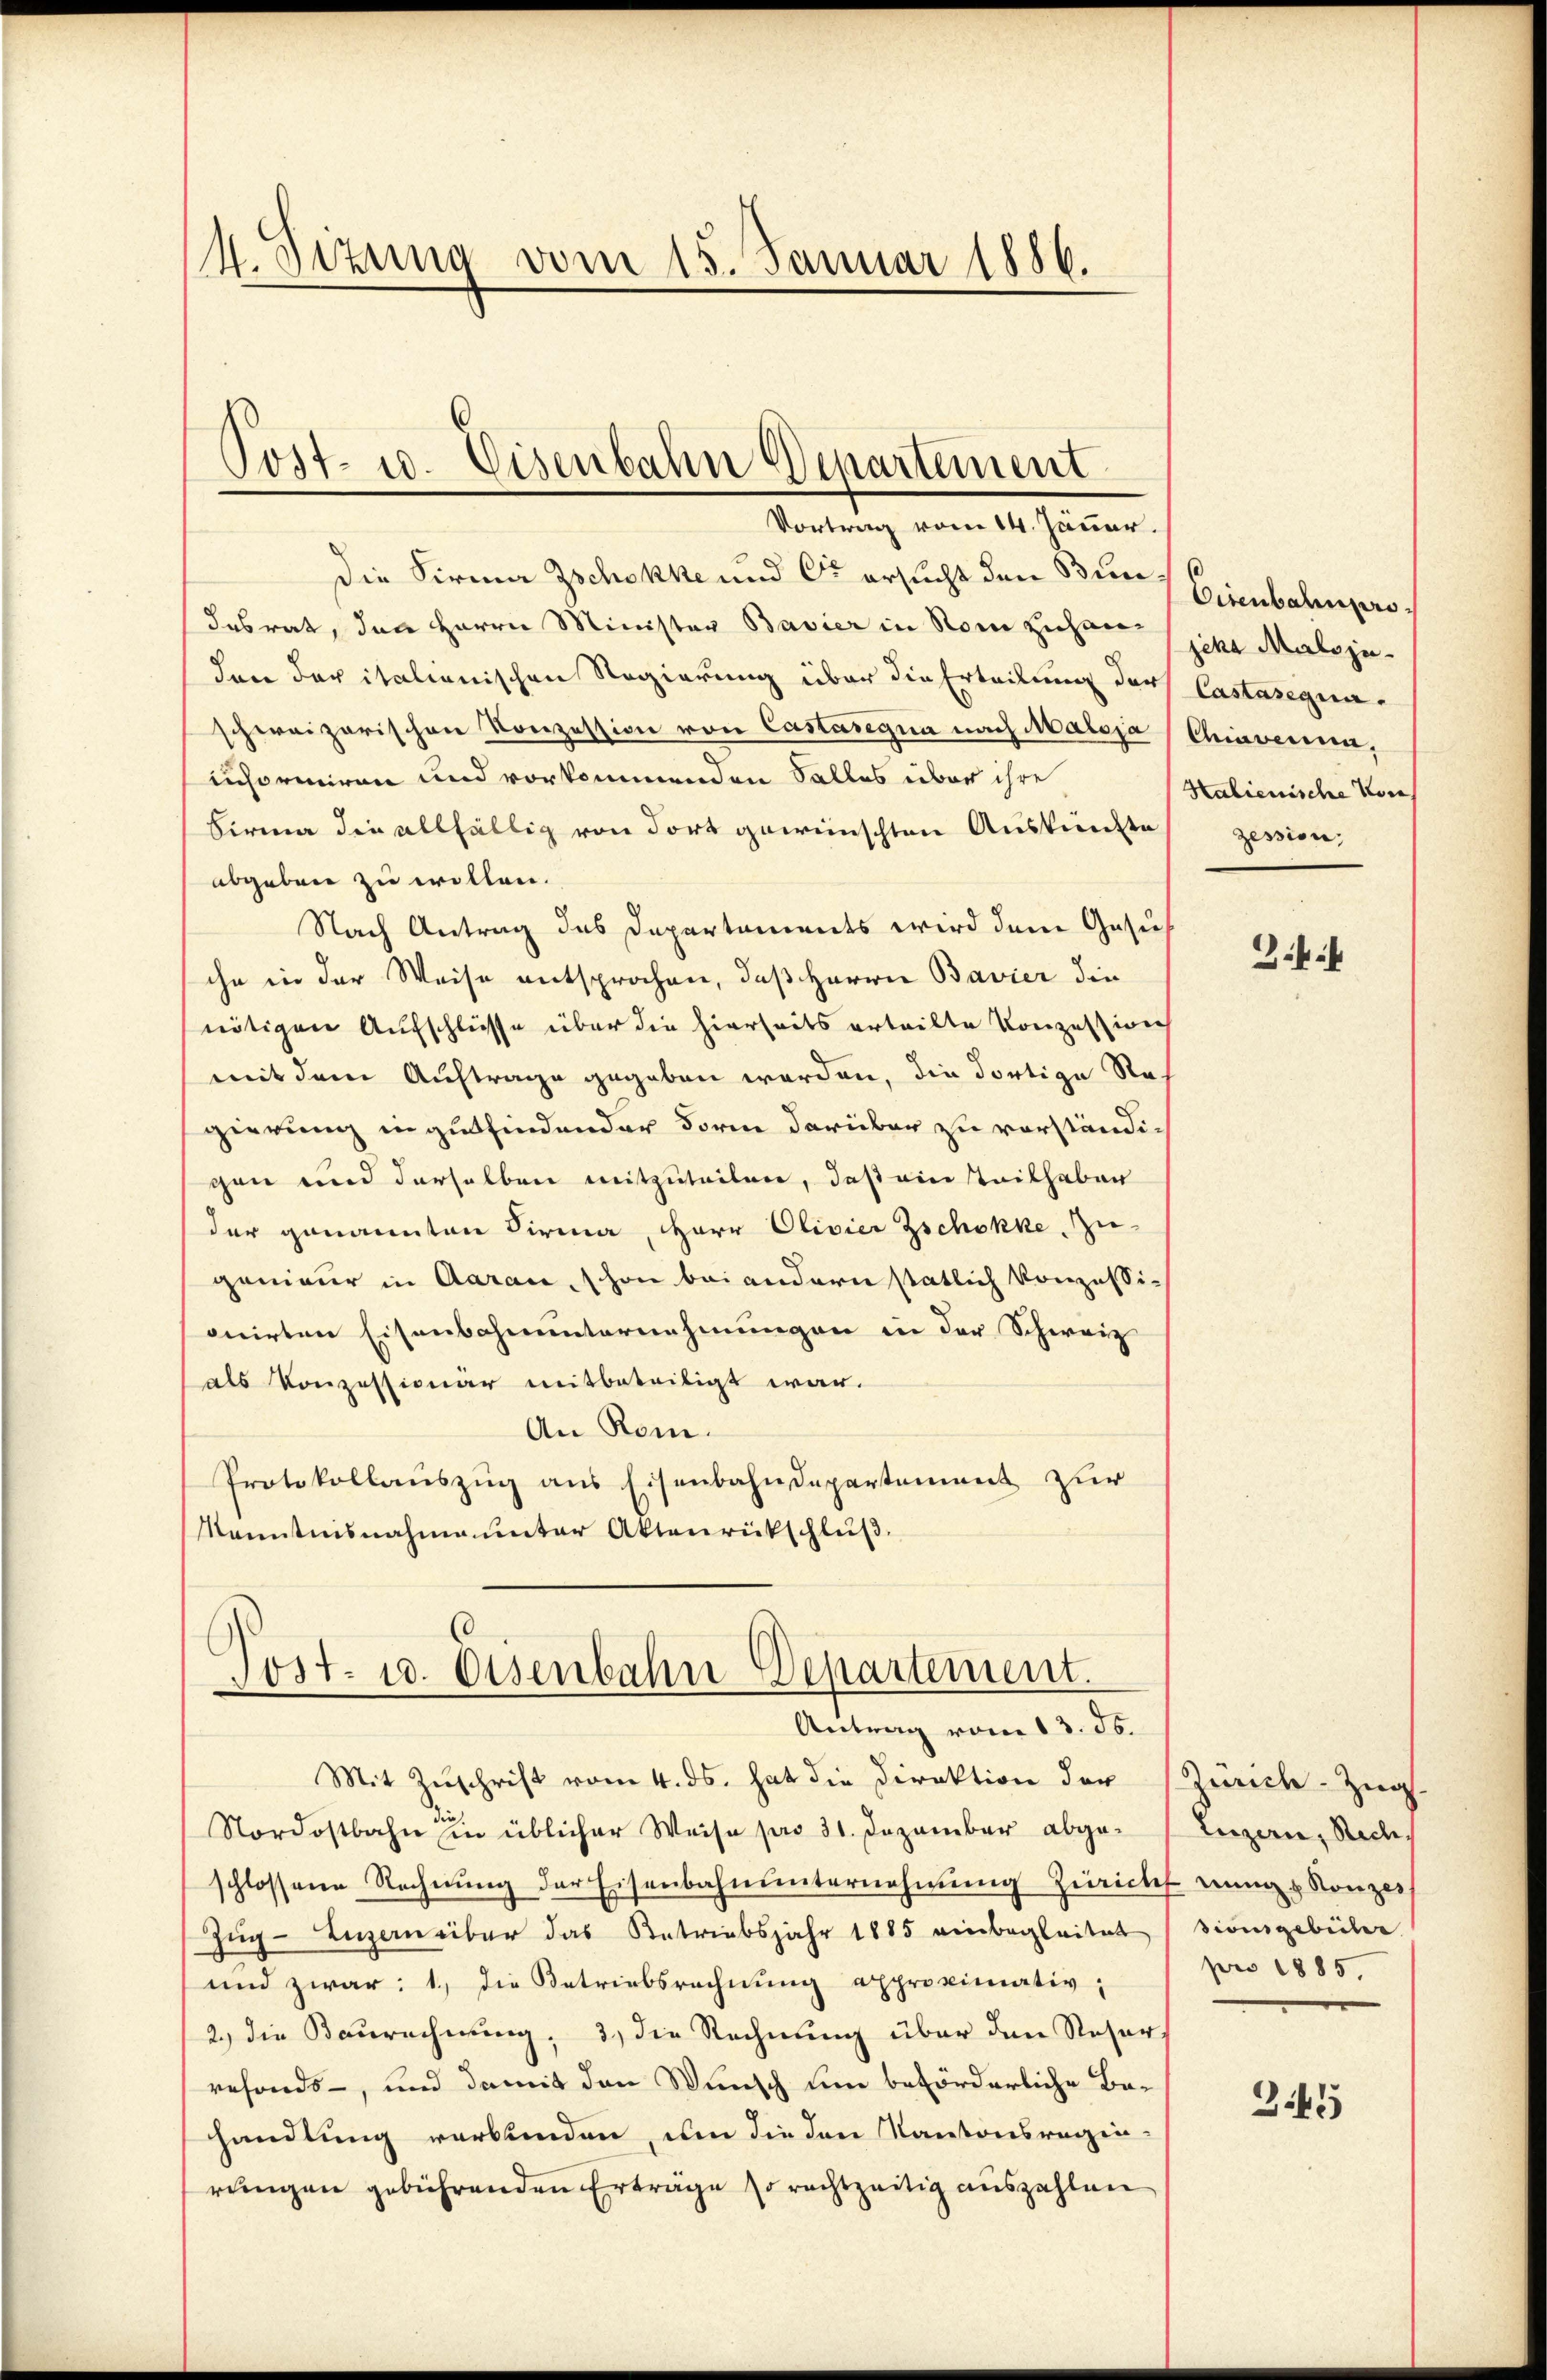
4. Sizung vom 15. Januar 1886.

die Firma Zschokke und Er ersucht den Bundesrat, den Herrn Minister Bavier in Rom ziehen jena Maloju-
den der italienischen Regierung über die Erteilung der Castaseguaschweizerischen Konzession von Castasegna nach Maloja (Chiavenia,
informiren und vorkommenden Falles über ihre
Firma die allfällig von Fort gewünschten Auskünfte
abgeben zu wollen.
Nach Antrag des Departaments wird dem Gesuch
sche in der Weise entsprochen, daß Herrn Bavier die
nötigen Aufschlüsse über die hierseits erteilte Konzession
mit dem Auftrage gegeben werden, die dortige Stagierung in gutfindender Form darüber zu vorständigen und derselben mitzuteilen, daß ein Teilhaben
der genannten Firma Herr Olivier Zschokke Zu-
genieur in Aarau, schon bei andern stätlich konzessionirten Eisenbahnunternehmungen in der Schweiz
als Konzessionär mitbeteiligt war.
An Rom.
Protokollauszug aus Eisenbahndepartement zur
Kenntnisnahme unter Aktenrückschluß.

Post- u. Eisenbahn Departement
Vortrag vom 14. Jäner.

Post. 10. Eisenbahn Departement.
Antrag vom 13. ds.

Mit Zŭschrift vom 4. ds. hat die Direktion der Zürich-Zieg
Nordostbahn in üblicher Weise pro 31. Dezember abge- (Luzern, Redeschlossene Rechnung der Eisenbahnunternehmung Züricht nungs Konzes
Zŭg-Luzern über das Betriebsjahr 1885 einbegleitet
und zwar: 1. die Betriebsrechnung approximativ,
2.) die Baurechnung; 3) die Rechnung über den Reser
refonds, und damit den Wunsch um beförderliche Bahandlung verbinden, um die den Kantonsreginrungen gebührenden Erträge so rechtzeitig auszahlen

Cisenbahnger.
Halienische Vor
zession,

sionsgebühr
pro 1885.

345